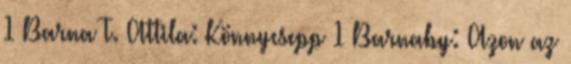
1 Barna T. Attila: Könnycsepp 1 Barnaby: Azon az